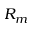
R _ { m }